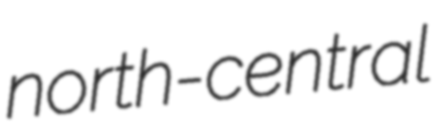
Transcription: north-central